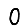
Digit: 0